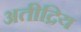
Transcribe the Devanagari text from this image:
अतीद्रिय